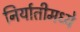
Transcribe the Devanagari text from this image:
निर्यातीमध्ये